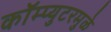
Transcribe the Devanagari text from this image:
कॉम्प्युटरमुळे